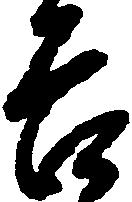
吉